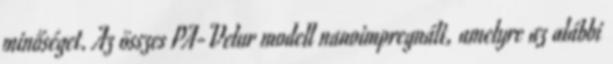
minőséget. Az összes PA-Velur modell nanoimpregnált, amelyre az alábbi